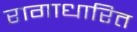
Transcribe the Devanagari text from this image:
रागाधारित